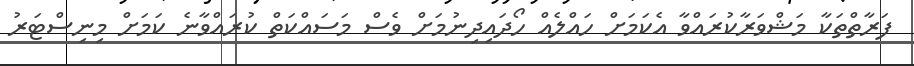
ފަރާތްތަކާ މަޝްވަރާކުރައްވާ އެކަމަށް ހައްލެއް ހޯދައިދިނުމަށް ވެސް މަސައްކަތް ކުރައްވާނެ ކަމަށް މިނިސްޓަރު